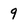
Character: 9